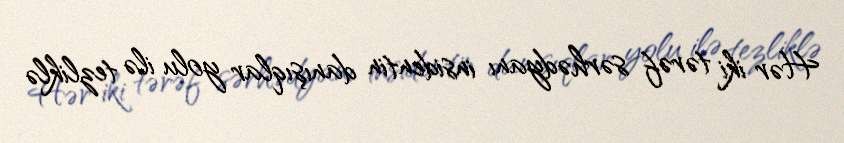
Hər iki tərəf sərhədyanı insidentin danışıqlar yolu ilə tezliklə